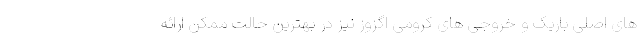
های اصلی باریک و خروجی های کرومی اگزوز نیز در بهترین حالت ممکن ارائه